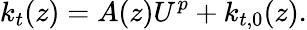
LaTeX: k_{t}(z)=A(z){U}^{p}+k_{t,0}(z).